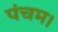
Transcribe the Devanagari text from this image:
पंचम।